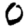
Digit: 0